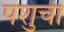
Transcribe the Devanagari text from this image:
पशुंचा